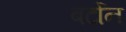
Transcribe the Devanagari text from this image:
बर्टोन